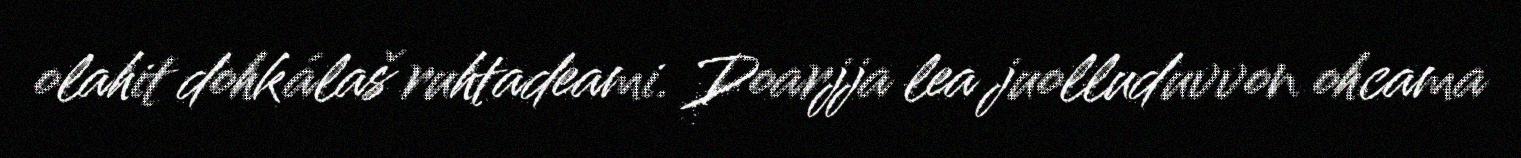
olahit dohkálaš ruhtadeami. Doarjja lea juolluduvvon ohcama